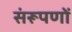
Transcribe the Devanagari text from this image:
संरूपणों